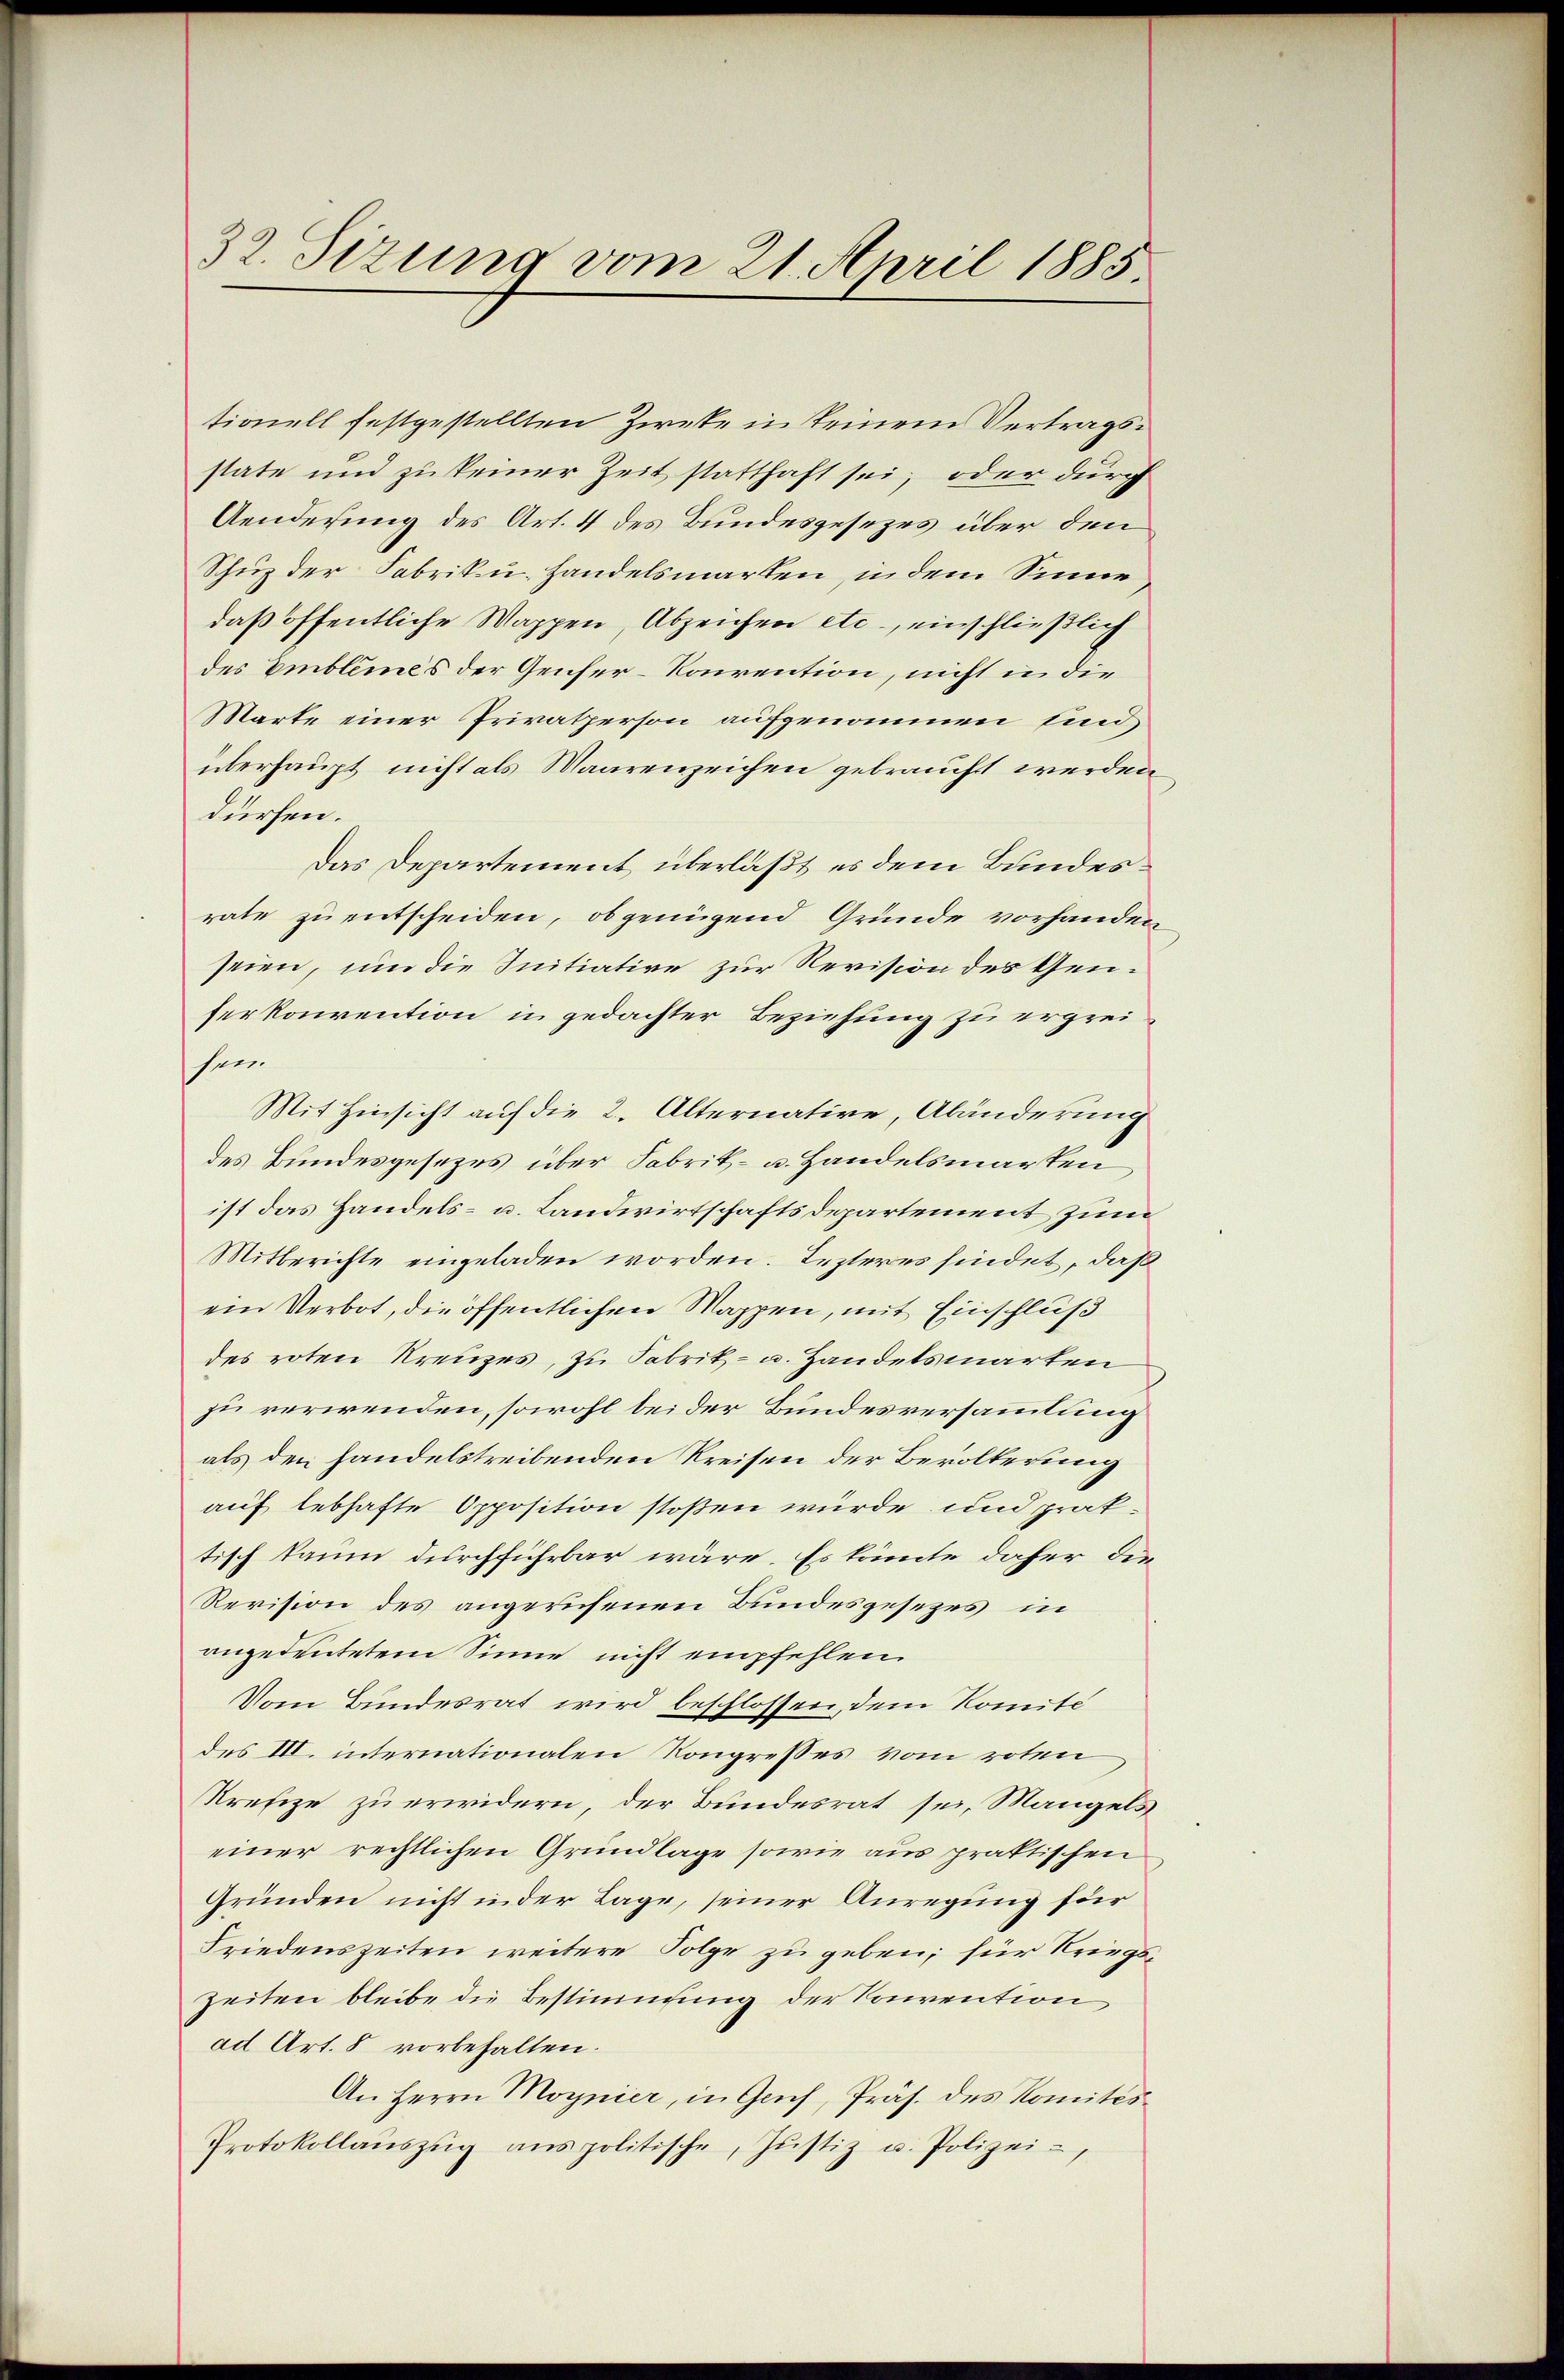
32. Sitzung vom 21. April 1885

tionell festgestellten Zweke in keinem Vertragsstate und zu keiner Zeit statthaft sei, oder durch
Aenderung des Art. 4 des Bundesgesezes über den
Schuz der Fabrik u. handelsmarken, in dem Sinne
daß öffentliche Wappen, Abzeichen etc., einschließlich
des Emblemes der Geiser-Konvention, nicht in die
Marte einer Privatperson aufgenommen sind,
überhaupt nicht als Maarenzeichen gebraucht werden
dürfen.
Das Departement überlaßt es dem Bundesrate zu entscheiden, ob genügend Gründe vorhanden
seien, um die Initiative zur Revision des Genherkonvention in gedachter Beziehung zu ergreisen.
Mit Hinsicht auf die 2. Alternative, Abänderung
des Bundesgesezes über Fabrik- u. Handelsmarken
ist das Handels- u. Landwirtschaftsdepartement zum
Mitberichte eingeladen worden. Lezteres findet, daß
ein Verbot, die öffentlichen Wappen, mit Einschluß
des roten Kreuzes, zu Fabrik- u. Handelsmarten
zu verwenden, sowohl bei der Bundesversammlung
als den handelstreibenden Kreisen der Bevölkerung
auf lebhafte Opposition stoßen würde und prak-
tisch kaum durchführbar wäre. Es könnte daher die
Revision des angerufenen Bundesgesezes in
angedeutetem Sinne nicht empfehlen.
Vom Bundesrat wird beschlossen, dem Komité
des III. internationalen Kongresses vom roten
Krefize zu erwidern, der Bundesrat sei, Mangels
einer rechtlichen Grundlage sowie aus praktischen
Gründen nicht in der Lage, seiner Anregung für
Friedenszeiten weitere Folge zu geben; für Kriegs¬
Zeiten bleibe die Bestimmung der Konvention
ad Art. 8 vorbehalten.
An Herrn Magnier, in Genf, Präs. des Nomités
Protokollaŭszŭg anspolitische, Jŭstiz u. Polizei,